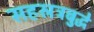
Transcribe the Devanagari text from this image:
सहस्रत्रबुद्धे